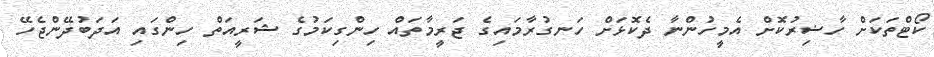
ކޯޓްތަކަށް ހާޟިރުކޮށް އެމީހުންނާ ދެކޮޅަށް ހަނގުރާމައިގެ ޖަރީމާތައް ހިންގިކަމުގެ ޝަރީއަތް ހިންގައި އަދަބުދޭންޖެހޭ